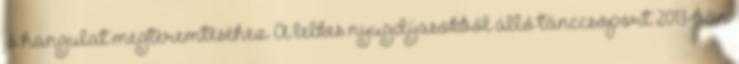
jó hangulat megteremtéséhez. A lelkes nyugdíjasokból álló tánccsoport 2013-ban